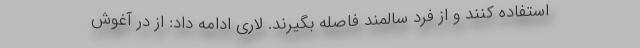
استفاده کنند و از فرد سالمند فاصله بگیرند. لاری ادامه داد: از در آغوش